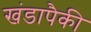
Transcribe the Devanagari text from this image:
खंडापैकी